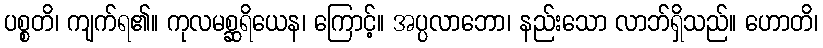
ပစ္စတိ၊ ကျက်ရ၏။ ကုလမစ္ဆရိယေန၊ ကြောင့်။ အပ္ပလာဘော၊ နည်းသော လာဘ်ရှိသည်။ ဟောတိ၊